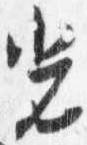
光